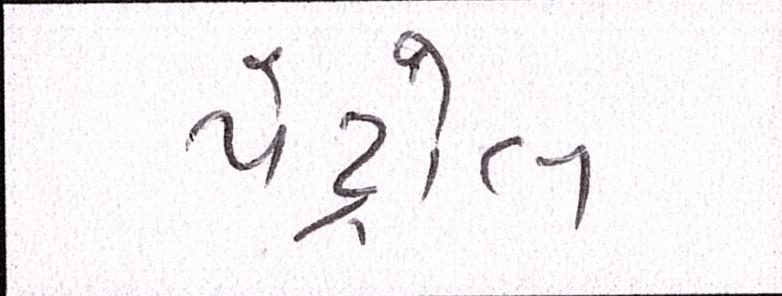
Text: પેટ્રોલ